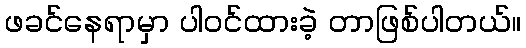
ဖခင်နေရာမှာ ပါဝင်ထားခဲ့ တာဖြစ်ပါတယ်။